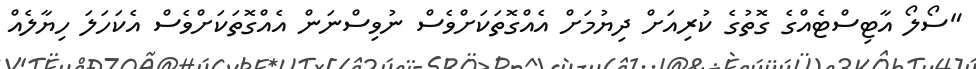
"ސޯލޯ އާޓިސްޓެއްގެ ގޮތުގެ ކުރިއަށް ދިޔުމަށް އެއްގޮތަކަށްވެސް ނުވިސްނަން އެއްގޮތަކަށްވެސް އެކަހަލަ ހިޔާލެއް